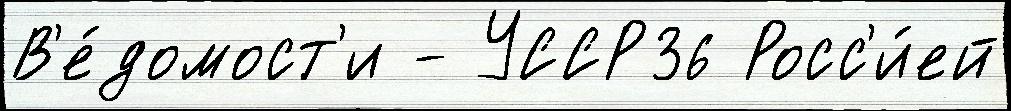
В'е́домост'и - УССР36 Росс'и́ей